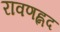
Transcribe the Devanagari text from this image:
रावणह्नद